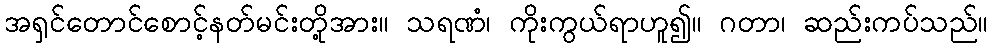
အရှင်တောင်စောင့်နတ်မင်းတို့အား။ သရဏံ၊ ကိုးကွယ်ရာဟူ၍။ ဂတာ၊ ဆည်းကပ်သည်။